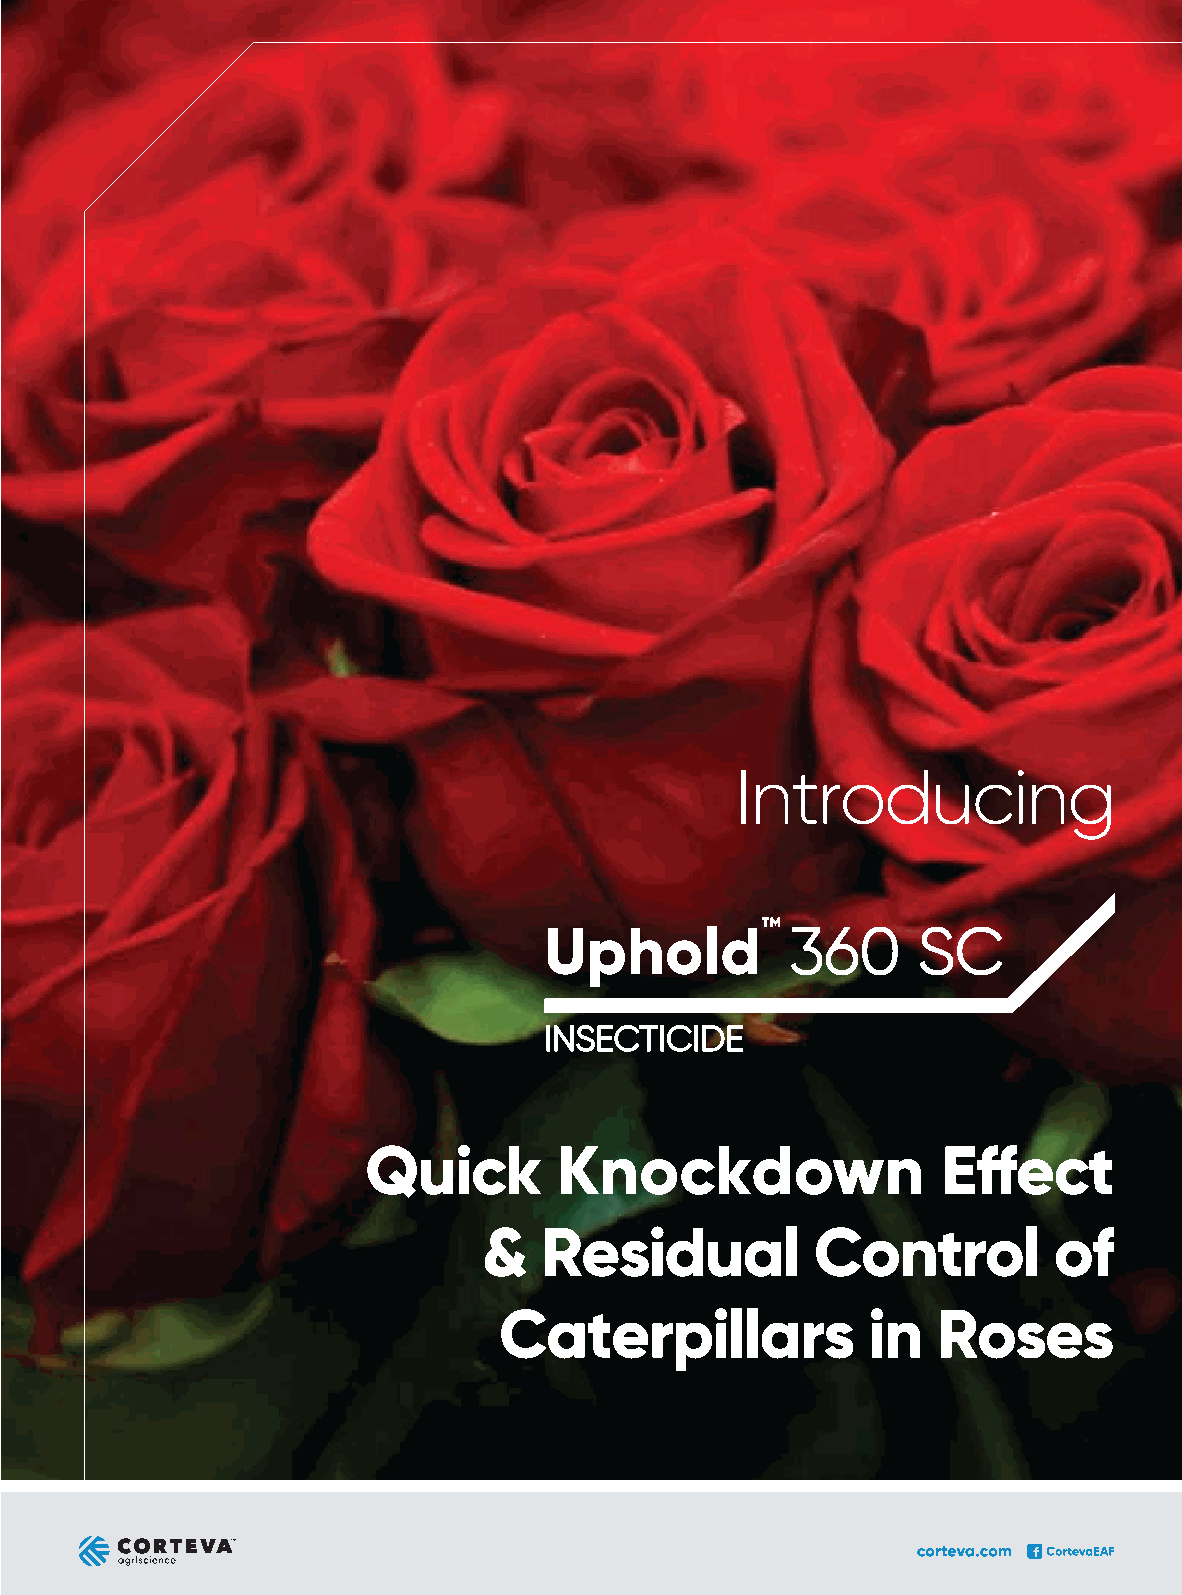
Introducing
 Quick        Knockdown                Effect
 &   Residual          Control         of
 Caterpillars            in   Roses
 Floriculture . November - December 2021